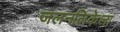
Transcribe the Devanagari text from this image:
जलनलिकेला